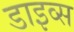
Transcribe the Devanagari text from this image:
डाइव्स